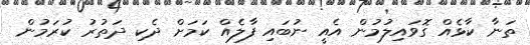
ތަނާ ކާޅެއް ގޮވައިލުމުން އެއީ ނުބައި ފާލެއް ކަމަށް ދެކި ދަތުރު ކުރަމުން